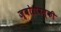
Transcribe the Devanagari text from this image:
ज्बोरोवस्की